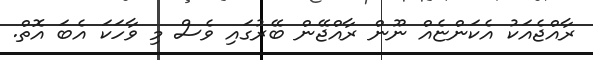
ރާއްޖެއަކު އެކަންޏެއް ނޫން ރާއްޖޭން ބޭރުގައި ވެސް މި ވާހަކަ އެބަ އޮތް.